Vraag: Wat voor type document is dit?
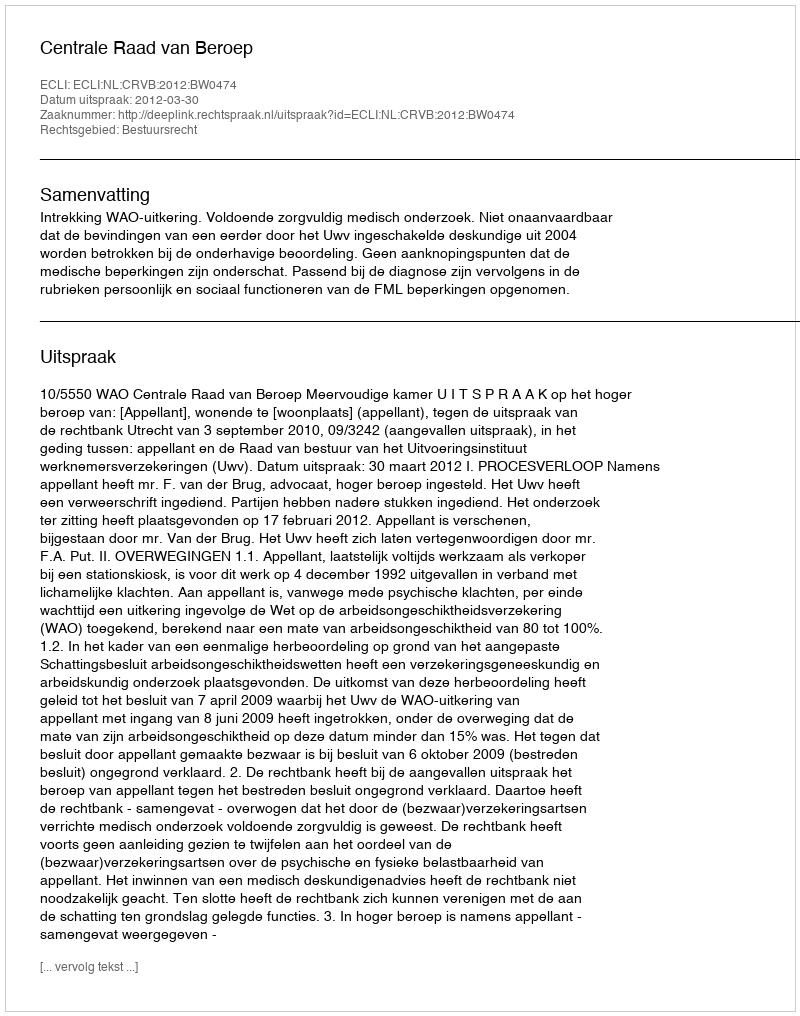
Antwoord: Uitspraak